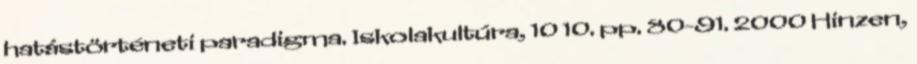
hatástörténeti paradigma. Iskolakultúra, 10 10. pp. 80-91. 2000 Hinzen,